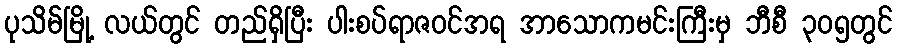
ပုသိမ်မြို့ လယ်တွင် တည်ရှိပြီး ပါးစပ်ရာဇဝင်အရ အာသောကမင်းကြီးမှ ဘီစီ ၃၀၅တွင်